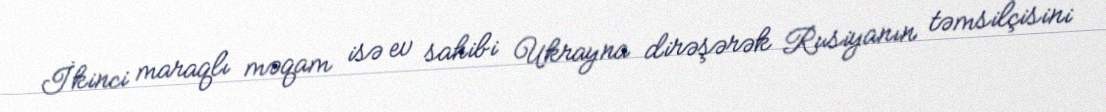
İkinci maraqlı məqam isə ev sahibi Ukrayna dirəşərək Rusiyanın təmsilçisini